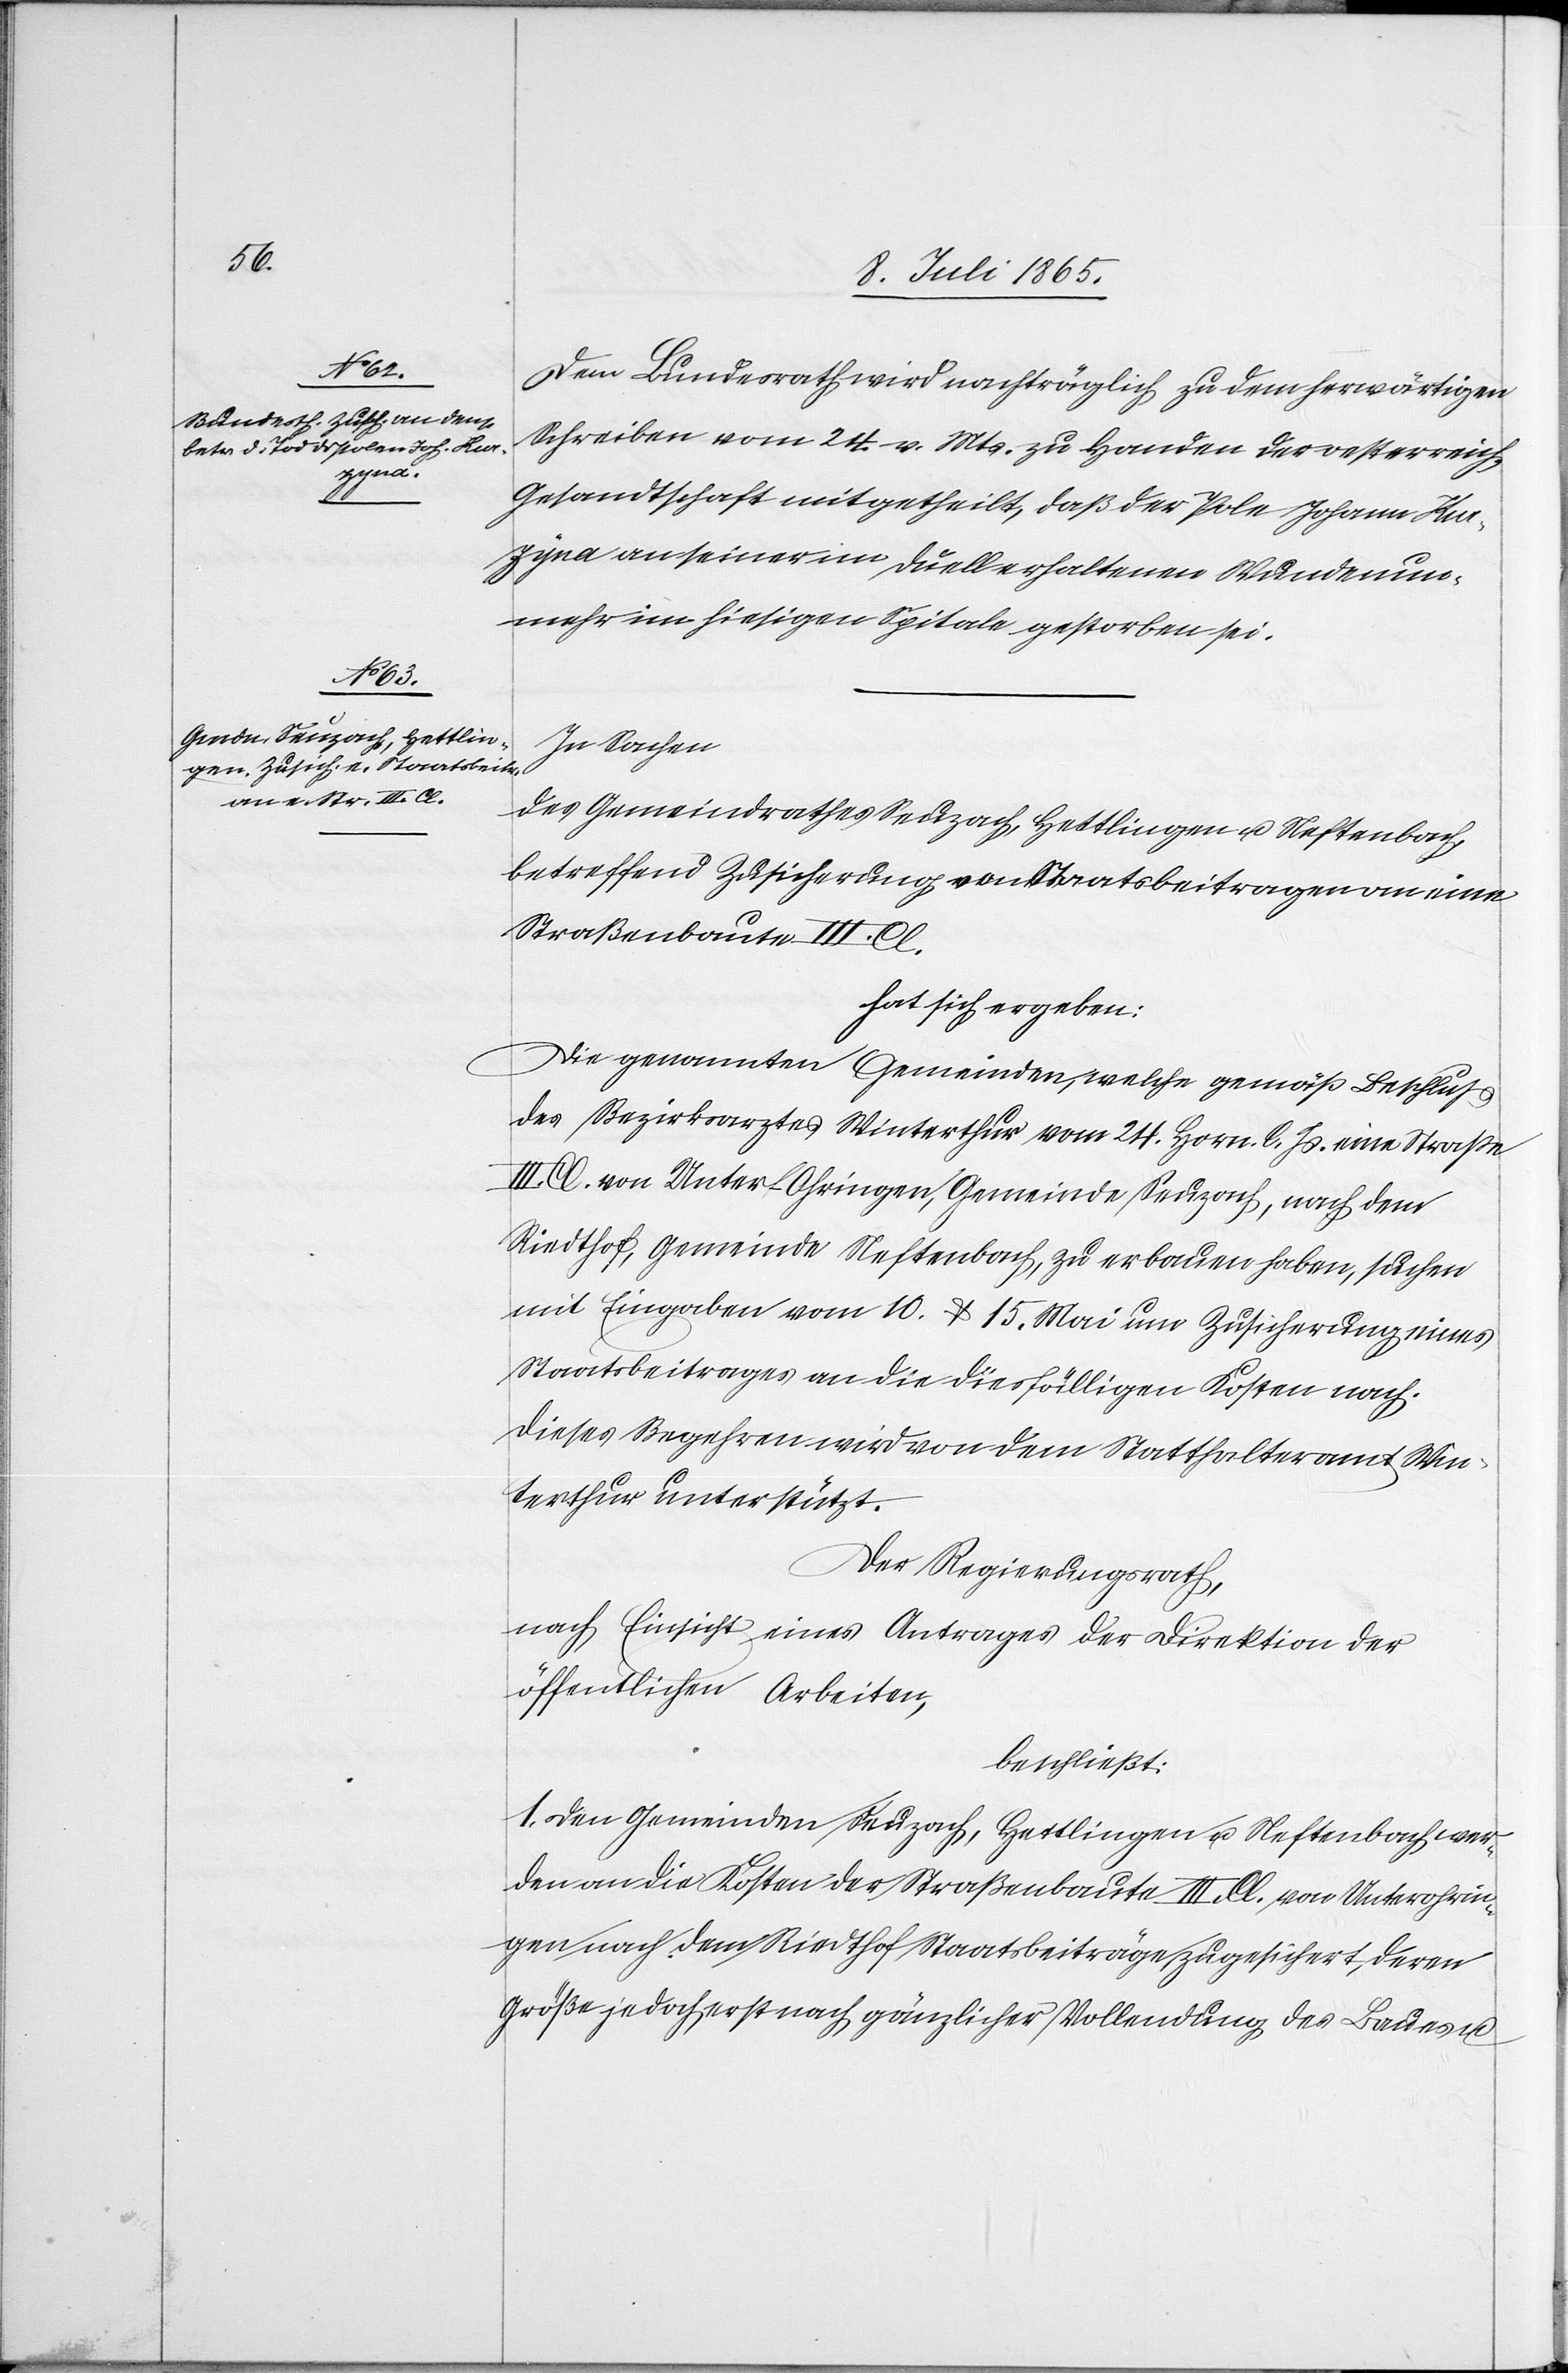
Dem Bundesrath wird nachträglich zu dem herwärtigen
Schreiben vom 24. v. Mts. zu Handen der oesterreich.
[rec¬
Gesandtschaft mitgetheilt, daß der Pole Johann Ka¬
zyna an seiner im Duelle erhaltenen Wunde nun¬
mehr im hiesigen Spitale gestorben sei.
In Sachen
des Gemeindrathes Seuzach, Hettlingen u. Neftenbach,
betreffend Zusicherung von Staatsbeitragen an eine
Straßenbaute III. Cl.
hat sich ergeben:
Die genannten Gemeinden, welche gemäß Beschluß
te: Bezirksrathes] Winterthur vom 24. Horn. l. Js. eine Straße
III. Cl. von Unter-Ohringen, Gemeinde Seuzach, nach dem
Riedthof, Gemeinde Neftenbach, zu erbauen haben suchen
mit Eingaben vom 10. u. 15. Mai um Zusicherung eines
Staatsbeitrages an die diesfälligen Kosten nach.
Dieses Begehren wird von dem Statthalteramt Win¬
terthur unterstützt.
Der Regierungsrath,
nach Einsicht eines Antrages der Direktion der
öffentlichen Arbeiten,
beschließt:
1. Den Gemeinden Seuzach, Hettlingen u. Neftenbach wer¬
den an die Kosten der Straßenbaute III. Cl. von Unterohrin¬
gen nach dem Riedthof Staatsbeiträge zugesichert, deren
Größe jedoch erst nach gänzlicher Vollendung des Baues u.